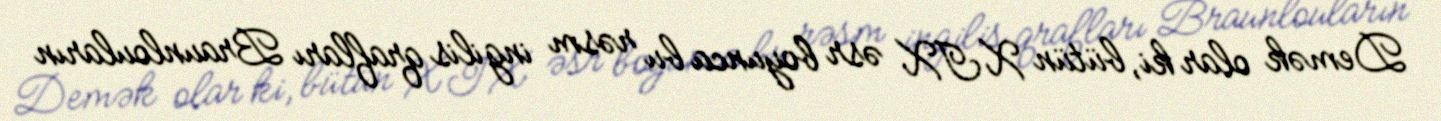
Demək olar ki, bütün XIX əsr boyunca bu rəsm ingilis qrafları Braunlouların